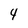
Character: 4